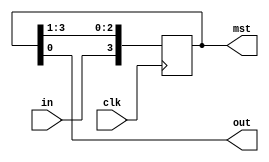
module spi_master(out,mst,in,clk);
  input in,clk;
  output  out;
  output reg [0:3]mst=4'b1101;
  assign out = mst[3]; 
  always @ (posedge clk)
        begin
        mst <= mst>>1;
        mst[0] <= in;  
        end
 endmodule 
module spi_slave(out,slv,in,clk);
  input in,clk;
  output out;
  output reg [3:0]slv=4'b0001;
   assign out=slv[3];
  always @ (posedge clk)
  begin
        slv <= slv<<1;
        slv[0] <= in;
          end
endmodule 
module spi_m_s(mout,sout,slv,mst,clk);
  input clk;
  output mout,sout;
  output [3:0]slv,mst;
  wire si,mi;
  assign mi = sout;
  assign si = mout;
 spi_master m1(.out(mout),.mst(mst),.in(mi),.clk(clk));
 spi_slave s1(.out(sout),.slv(slv),.in(si),.clk(clk));
 endmodule